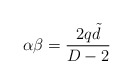
\begin{align*}\alpha\beta=\frac{2q\tilde d}{D-2}\end{align*}